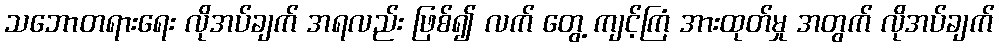
သဘောတရားရေး လိုအပ်ချက် အရလည်း ဖြစ်၍ လက် တွေ့ ကျင့်ကြံ အားထုတ်မှု အတွက် လိုအပ်ချက်